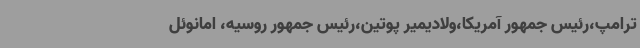
ترامپ،رئیس جمهور آمریکا،ولادیمیر پوتین،رئیس جمهور روسیه، امانوئل